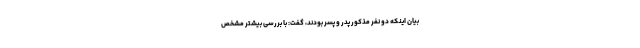
بیان اینکه دو نفر مذکور پدر و پسر بودند، گفت: با بررسی بیشتر مشخص